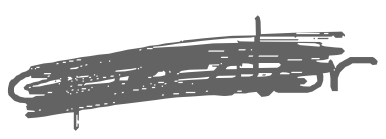
Text: operator
Cross-out: mix
Writing tool: digital_gray